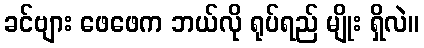
ခင်ဗျား ဖေဖေက ဘယ်လို ရုပ်ရည် မျိုး ရှိလဲ။